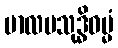
ဗာလမသုဒ္ဓိဓမ္မံ